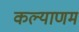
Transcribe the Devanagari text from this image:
कल्‍याणम